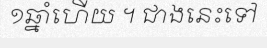
១ឆ្នាំហើយ ។ ជាងនេះទៅ